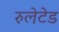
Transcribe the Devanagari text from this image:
रुलेटेड